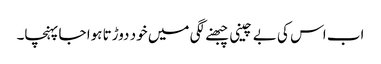
اب اس کی بے چینی چبھنے لگی میں خود دوڑتا ہوا جا پہنچا۔